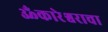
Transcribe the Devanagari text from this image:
ॐकारेश्वराचा